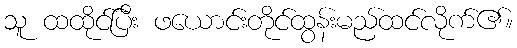
သူ ထထိုင်ပြီး ဖယောင်းတိုင်ထွန်းမည်ထင်လိုက်၏။